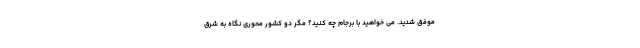
موفق شدید. می خواهید با برجام چه کنید؟ مگر دو کشور محوری نگاه به شرق